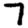
Digit: 7